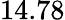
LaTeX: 14.78